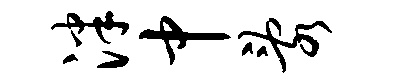
泮中乱